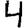
Digit: 4